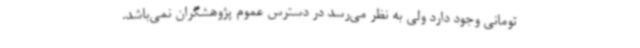
تومانی وجود دارد ولی به نظر می‌رسد در دسترس عموم پژوهشگران نمی‌باشد.